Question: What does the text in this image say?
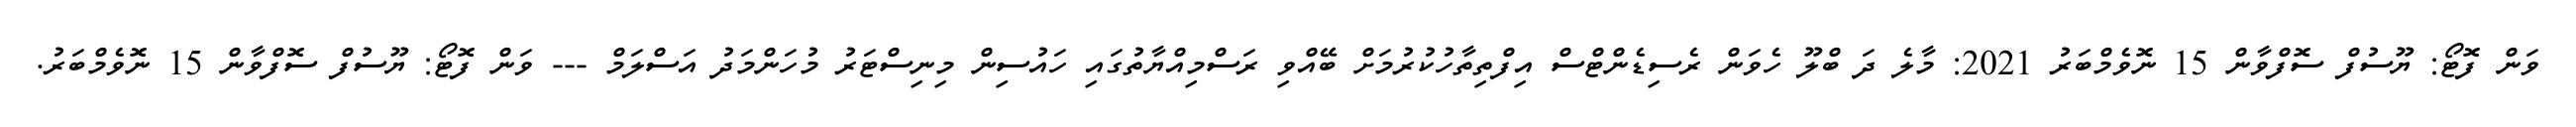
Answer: ވަން ފޮޓޯ: ޔޫސުފް ސޮފްވާން 15 ނޮވެމްބަރު 2021: މާލެ ދަ ބްލޫ ހެވަން ރެސިޑެންޓްސް އިފްތިތާހުކުރުމަށް ބޭއްވި ރަސްމިއްޔާތުގައި ހައުސިން މިނިސްޓަރު މުހަންމަދު އަސްލަމް --- ވަން ފޮޓޯ: ޔޫސުފް ސޮފްވާން 15 ނޮވެމްބަރު.